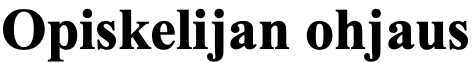
Opiskelijan ohjaus